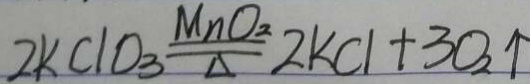
2 k C L O _ { 3 } \frac { m _ { 2 } } { \Delta } 2 k C l + 3 0 _ { 2 } \uparrow